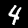
Label: 4